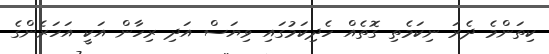
ކިތަންމެ ދެރަ ނިކަމެތި ގޮތެއް ހެދިކަމުގައި ވިޔަސް އަދި ރިހާން އަކީ އަހަރެންގެ